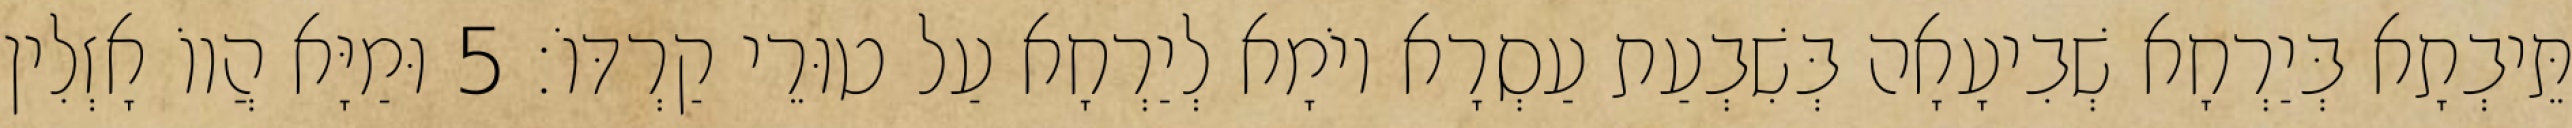
תֵּיבְתָא בְּיַרְחָא שְׁבִיעָאָה בְּשִׁבְעַת עַסְרָא יוֹמָא לְיַרְחָא עַל טוּרֵי קַרְדּוֹ׃ 5 וּמַיָּא הֲווֹ אָזְלִין